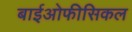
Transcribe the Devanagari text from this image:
बाईओफीसिकल